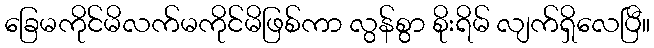
ခြေမကိုင်မိလက်မကိုင်မိဖြစ်ကာ လွန်စွာ စိုးရိမ် လျက်ရှိလေပြီ။